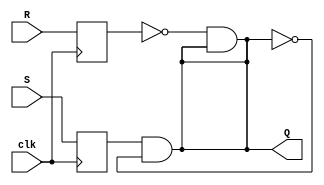
module sr_flipflop (
    input wire clk,
    input wire S,
    input wire R,
    output reg Q
);

reg D1, D2;

always @ (posedge clk) begin
    D1 <= S;
    D2 <= R;
end

assign Q = D1 & ~Q; // Set
assign Q = ~D2 & Q; // Reset

endmodule